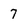
Character: 7